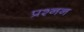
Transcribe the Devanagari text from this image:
प्रश्नन